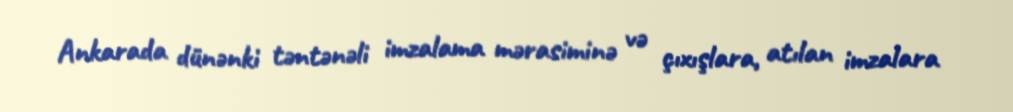
Ankarada dünənki təntənəli imzalama mərasiminə və çıxışlara, atılan imzalara